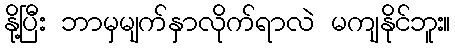
နို့ပြီး ဘာမှမျက်နှာလိုက်ရာလဲ မကျနိုင်ဘူး။